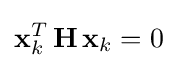
\mathbf {x} _{k}^{T}\,\mathbf {H} \,\mathbf {x} _{k}=0